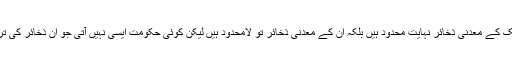
غریب ممالک اس لیے غریب نہیں کہ ان کے ملک کے معدنی ذخائر نہایت محدود ہیں بلکہ ان کے معدنی ذخائر تو لامحدود ہیں لیکن کوئی حکومت ایسی نہیں آتی جو ان ذخائر کی ترسیل اور تقسیم کو منصفانہ انداز میں پیش کرے۔